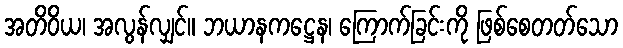
အတိဝိယ၊ အလွန်လျှင်။ ဘယာနကဋ္ဌေန၊ ကြောက်ခြင်းကို ဖြစ်စေတတ်သော